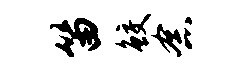
笛鲛念